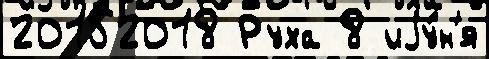
20152018 Руха 8 иjу́н'я